Annual report on the Civil Veterinary Department, Burma (including the Insein Veterinary School) - 1932-1941
Year: 1932
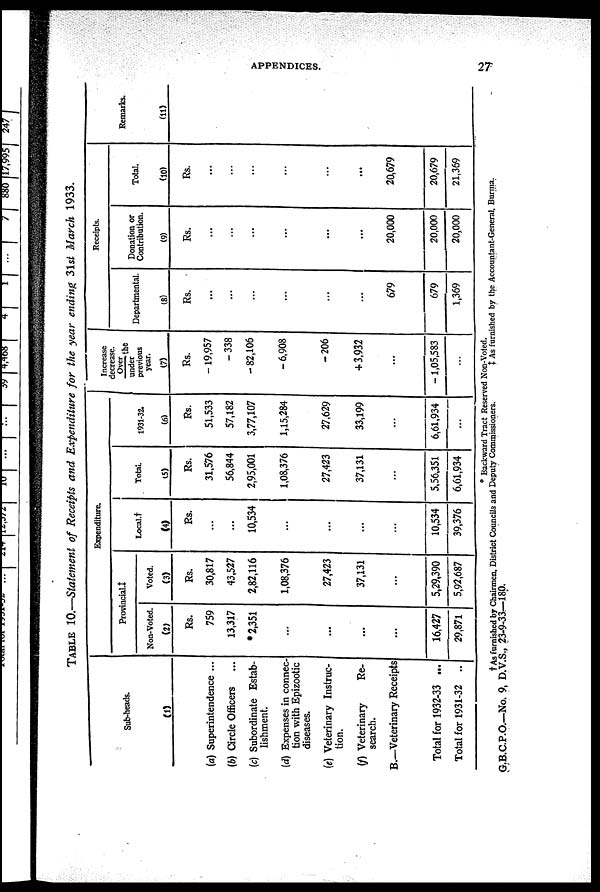
APPENDICES.
27
TABLE 10.—Statement of Receipts and Expenditure for the year ending 31st March 1933.
Sub-heads.
(1)
(a) Superintendence ...
(b) Circle Officers ...
(c) Subordinate Estab-
lishment.
(d) Expenses in connec-
tion with Epizootic
diseases.
(e) Veterinary Instruc-
tion.
(f) Veterinary
Re-
search.
B.—Veterinary Receipts
Total for 1932-33 ...
Total for 1931-32 ..
Expenditure.
Provincial.‡
Non-Voted.
(2)
Rs.
759
13,317
*2,351
...
...
...
...
16,427
29,871
Voted.
(3)
Rs.
30,817
43,527
2,82,116
1,08,376
27,423
37,131
...
5,29,390
5,92,687
Local.†
(4)
Rs.
...
...
10,534
...
...
...
...
10,534
39,376
Total.
(5)
Rs.
31,576
56,844
2,95,001
1,08,376
27,423
37,131
...
5,56,351
6,61,934
1931-32.
(6)
Rs.
51,533
57,182
3,77,107
1,15,284
27,629
33,199
...
6,61,934
...
Increase
decrease.
Over
the
under
previous
year.
(7)
Rs.
-19,957
-338
- 82,106
-6,908
-206
+ 3,932
...
-1,05,583
...
Receipts.
Departmental.
(8)
Rs.
...
...
...
...
...
...
679
679
1,369
Donation or
Contribution.
(9)
Rs.
...
...
...
...
...
...
20,000
20,000
20,000
Total.
(10)
Rs.
...
...
...
...
...
...
20,679
20,679
21,369
Remarks.
(11)
* Backward Tract Reserved Non-Voted.
† As furnished by Chairmen, District Councils and Deputy Commissioners.
‡
As furnished by the Accountant-General, Burma.
G.B.C.P.O.—No. 9, D.V.S., 23-9-33—180.